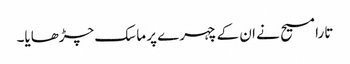
تارا مسیح نے ان کے چہرے پر ماسک چڑھایا۔